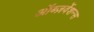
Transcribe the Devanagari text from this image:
ऑब्ज़र्वेशन्स